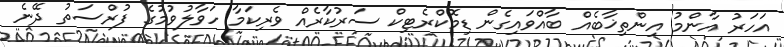
އަހަރު އާންމު އިންތިޚާބެއް ބާއްވައިގެން ޑިމޮކްރެޓިކް ސަރުކާރެއް ވެރިކަމާ ހަވާލުވުމުގެ ފުރްސަތު ދޭނެ